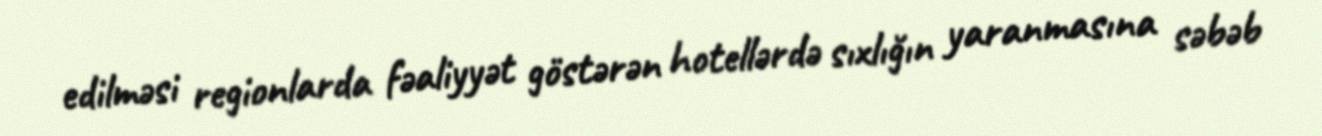
edilməsi regionlarda fəaliyyət göstərən hotellərdə sıxlığın yaranmasına səbəb